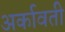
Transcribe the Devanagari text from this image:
अर्कावती